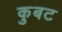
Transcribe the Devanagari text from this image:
कुबट